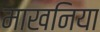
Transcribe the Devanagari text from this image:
माखनिया